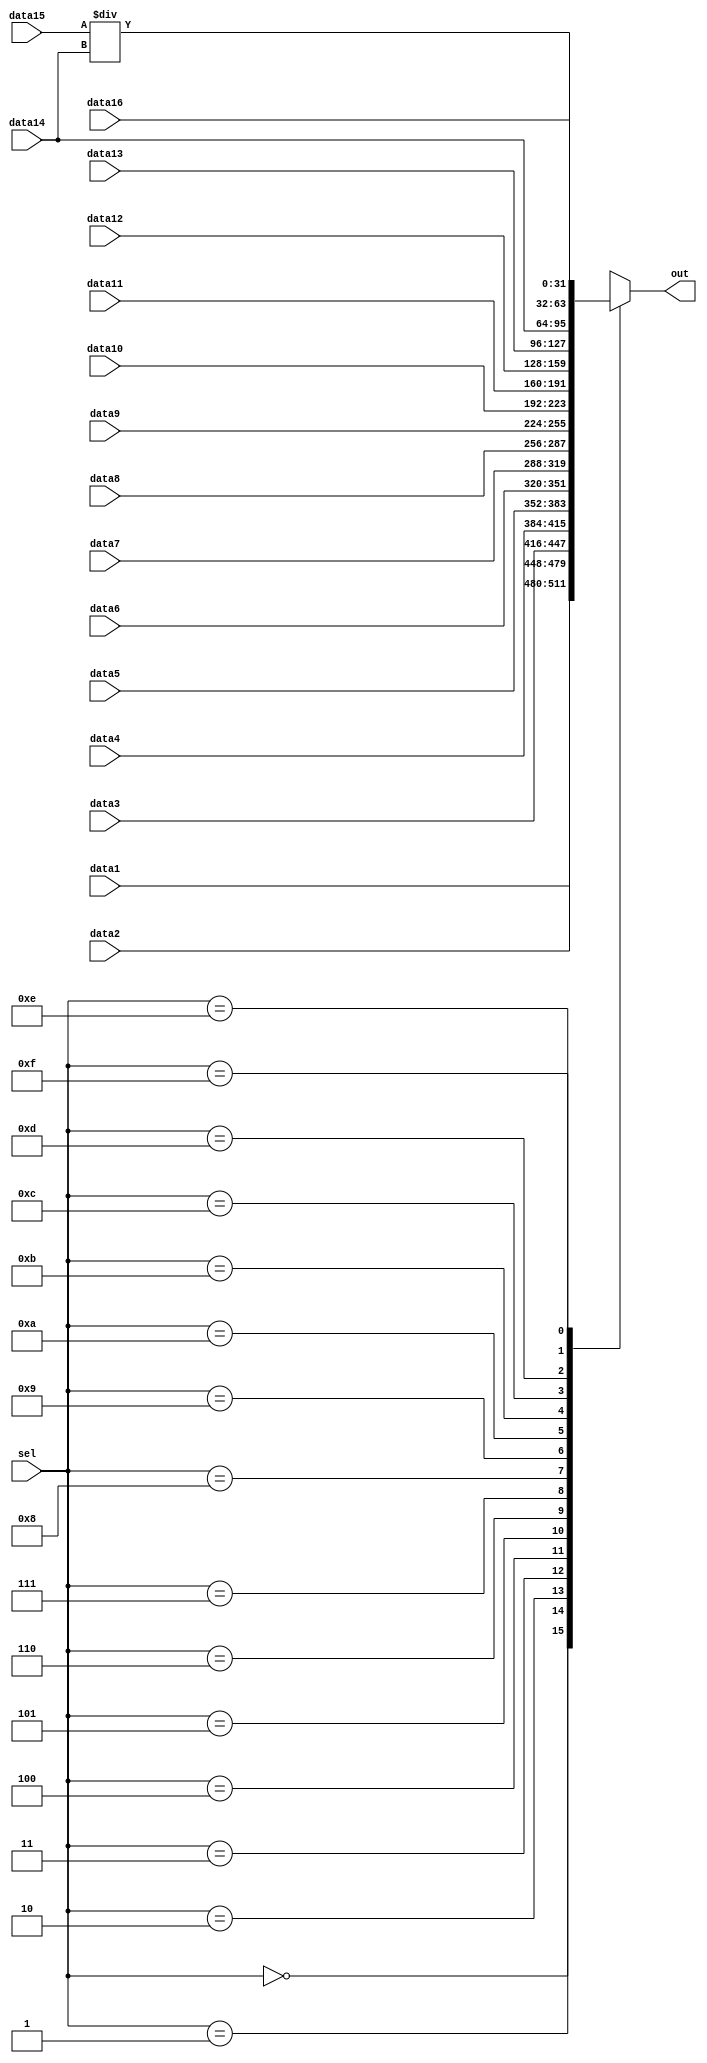
`timescale 1ns / 1ps
//////////////////////////////////////////////////////////////////////////////////
// Company: 
// Engineer: 
// 
// Design Name: 
// Module Name: MUX16
// Project Name: 
// Target Devices: 
// Tool Versions: 
// Description: 
// 
// Dependencies: 
// 
// Revision:
// Revision 0.01 - File Created
// Additional Comments:
// 
//////////////////////////////////////////////////////////////////////////////////

/*
    ================================   MUX16 module   ================================
    Author:         Wintermelon
    Last Edit:      2022.4.21

    This is a very simple 16-1 mux.
    case(signal)
        0000 - data1
        0001 - data2
        0010 - data3
        0011 - data4
        0100 - data5
        0101 - data6
        0110 - data7
        0111 - data8
        1000 - data9
        1001 - data10
        1010 - data11
        1011 - data12
        1100 - data13
        1101 - data14
        1110 - data15
        1111 - data16
*/

module MUX16
#(
    parameter DATA_WIDTH = 32           
)
(
    input [DATA_WIDTH-1 : 0] data1, data2, data3, data4, data5, data6, data7, data8, data9, data10, data11, data12, data13, data14, data15, data16,
    input [3:0] sel,
    output reg [DATA_WIDTH-1 : 0] out
);

    always @(*) begin
        case (sel)
            4'b0000: out = data1;
            4'b0001: out = data2;
            4'b0010: out = data3;
            4'b0011: out = data4;
            4'b0100: out = data5;
            4'b0101: out = data6;
            4'b0110: out = data7;
            4'b0111: out = data8;
            4'b1000: out = data9;
            4'b1001: out = data10;
            4'b1010: out = data11;
            4'b1011: out = data12;
            4'b1100: out = data13;
            4'b1101: out = data14;
            4'b1110: out = data15 / data14;
            4'b1111: out = data16;
        endcase
    end
endmodule